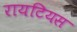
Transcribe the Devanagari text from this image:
रायटियस